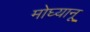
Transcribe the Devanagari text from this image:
मोघ्यानू